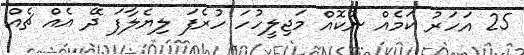
25 އަހަރު ކަމެއް ނުކޮއް މަޖިލީހުހަ ހުރެފަ ލިޔެލާފަ ދޭ އެއް ޗެއް